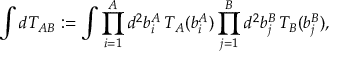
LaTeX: \int d T _ { A B } : = \int \prod _ { i = 1 } ^ { A } d ^ { 2 } b _ { i } ^ { A } \, T _ { A } ( b _ { i } ^ { A } ) \prod _ { j = 1 } ^ { B } d ^ { 2 } b _ { j } ^ { B } \, T _ { B } ( b _ { j } ^ { B } ) ,